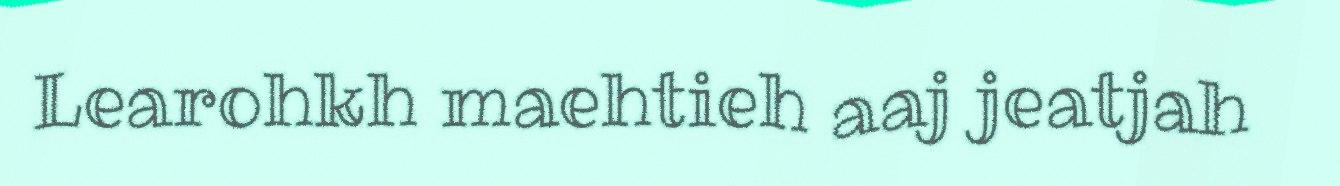
Learohkh maehtieh aaj jeatjah